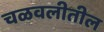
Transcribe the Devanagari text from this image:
चळवलीतील